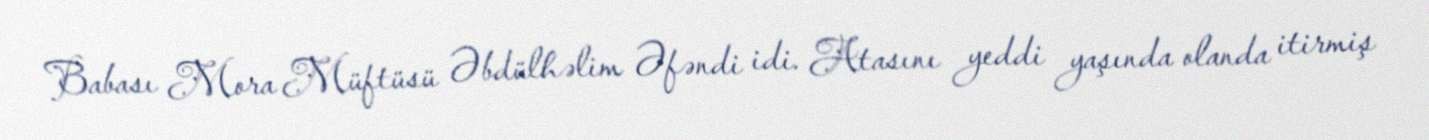
Babası Mora Müftüsü Əbdülhəlim Əfəndi idi. Atasını yeddi yaşında olanda itirmiş